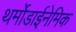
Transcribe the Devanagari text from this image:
थर्मोडाईनेमिक